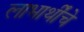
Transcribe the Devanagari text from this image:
लाभार्थींचे